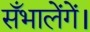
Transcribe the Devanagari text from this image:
सँभालेंगें।